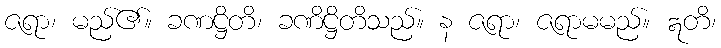
ဇရာ၊ မည်၏။ ခဏဋ္ဌိတိ၊ ခဏိဋ္ဌိတိသည်။ န ဇရာ၊ ဇရာမမည်။ ဣတိ၊